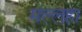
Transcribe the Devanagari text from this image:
मल्लहा